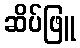
ဆိပ်ဖြူ